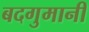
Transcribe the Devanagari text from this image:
बदगुमानी